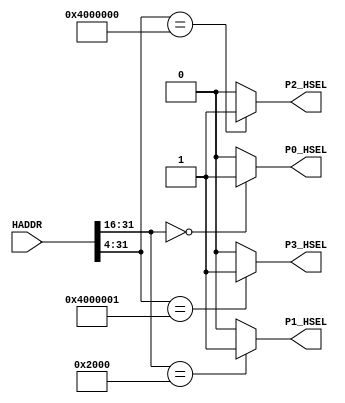
module AHBlite_Decoder
#(
    /*RAMCODE enable parameter*/
    parameter Port0_en = 1,
    /************************/

    /*RAMDATA enable parameter*/
    parameter Port1_en = 1,
    /************************/

    /*Keyboard enable parameter*/
    parameter Port2_en = 1,
    /************************/

    /*Segdisp enable parameter*/
    parameter Port3_en = 1
    /************************/
)(
    input [31:0] HADDR,

    /*RAMCODE OUTPUT SELECTION SIGNAL*/
    output wire P0_HSEL,

    /*Keyboard OUTPUT SELECTION SIGNAL*/
    output wire P1_HSEL,

    /*RAMDATA OUTPUT SELECTION SIGNAL*/
    output wire P2_HSEL,

    /*UART OUTPUT SELECTION SIGNAL*/
    output wire P3_HSEL       
);

//RAMCODE-----------------------------------

//0x00000000-0x0000ffff
/*Insert RAMCODE decoder code there*/
assign P0_HSEL = (HADDR[31:16] == 16'h0000) ? Port0_en : 1'b0; 
/***********************************/

//RAMDATA-----------------------------

//0X20000000-0X2000FFFF
/*Insert RAMDATA decoder code there*/
assign P1_HSEL = (HADDR[31:16] == 16'h2000) ? Port1_en : 1'b0; 
/***********************************/

//PERIPHRAL-----------------------------

//0X40000000 key_data/key_clear
/*Insert Keyboard decoder code there*/
assign P2_HSEL = (HADDR[31:4] == 28'h4000000) ? Port2_en : 1'b0; 
/***********************************/

//0X40000010 disp_data
/*Insert DISP decoder code there*/
assign P3_HSEL = (HADDR[31:4] == 28'h4000001) ? Port3_en : 1'b0;
/***********************************/


endmodule